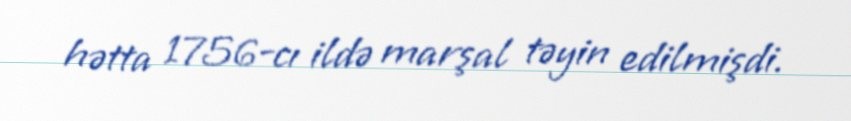
hətta 1756-cı ildə marşal təyin edilmişdi.